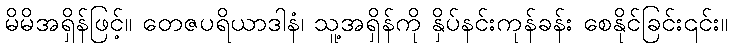
မိမိအရှိန်ဖြင့်။ တေဇပရိယာဒါနံ၊ သူ့အရှိန်ကို နှိပ်နင်းကုန်ခန်း စေနိုင်ခြင်း၎င်း။